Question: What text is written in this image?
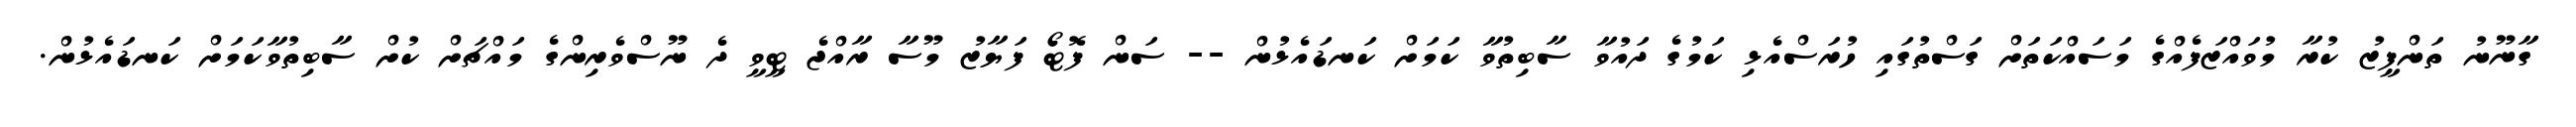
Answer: ގާނޫނު ތަންފީޒު ކުރާ މުވައްޒަފެއްގެ މަސައްކަތަށް ގަސްތުގައި ހުރަސްއެޅި ކަމުގެ ދައުވާ ސާބިތުވާ ކަމަށް ކަނޑައެޅުން -- ސަން ފޮޓޯ ފަޔާޒު މޫސާ ރާއްޖެ ޓީވީ ދެ ނޫސްވެރިންގެ މައްޗަށް ކުށް ސާބިތުވާކަމަށް ކަނޑައެޅުން.